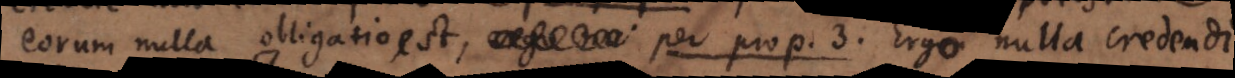
eorum nulla obligatio est, per prop. 3. Ergo nulla credendi